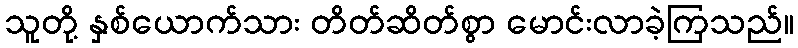
သူတို့ နှစ်ယောက်သား တိတ်ဆိတ်စွာ မောင်းလာခဲ့ကြသည်။